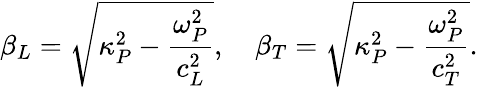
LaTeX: \beta_{L}=\sqrt{\kappa_{P}^{2}-\frac{\omega_{P}^{2}}{c_{L}^{2}}},\quad\beta_{T}=\sqrt{\kappa_{P}^{2}-\frac{\omega_{P}^{2}}{c_{T}^{2}}}.